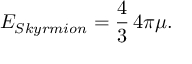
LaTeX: E _ { S k y r m i o n } = { \frac { 4 } { 3 } } \, 4 \pi \mu .